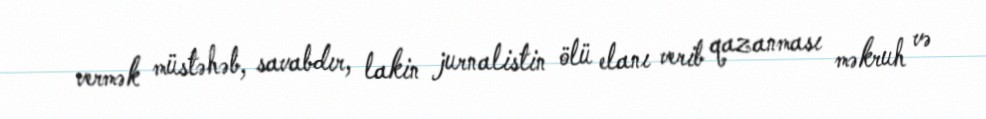
vermək müstəhəb, savabdır, lakin jurnalistin ölü elanı verib qazanması məkruh və